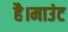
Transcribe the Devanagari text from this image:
है।माउंट